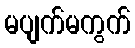
မပျက်မကွက်